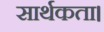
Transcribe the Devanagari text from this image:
सार्थकता।